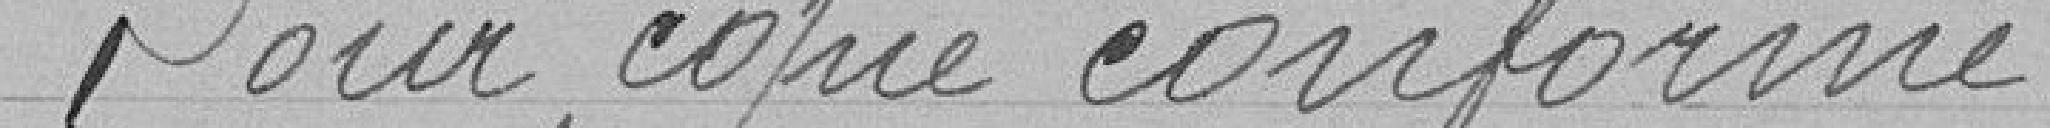
Pour copie confirme